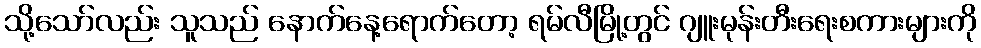
သို့သော်လည်း သူသည် နောက်နေ့ရောက်တော့ ရမ်လီမြို့တွင် ဂျူးမုန်းတီးရေးစကားများကို